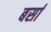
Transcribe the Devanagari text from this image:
बर्सा